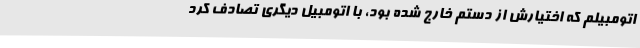
اتومبیلم که اختیارش از دستم خارج شده بود، با اتومبیل دیگری تصادف کرد